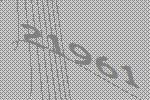
21961